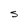
Character: S